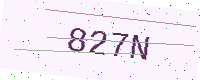
Text: 827N